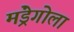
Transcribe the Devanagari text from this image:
मंड्रेगोला